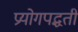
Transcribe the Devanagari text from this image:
प्रयोगपद्धती